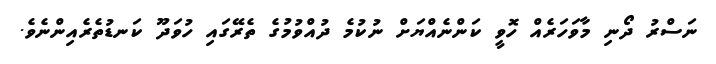
ނަސްރު ދޯނި މާވަހަރެއް ހޮވީ ކަންނެއްޔަށް ނުކުމެ ދުއްވުމުގެ ތެރޭގައި ހުވަދޫ ކަނޑުތެރެއިންނެވެ.